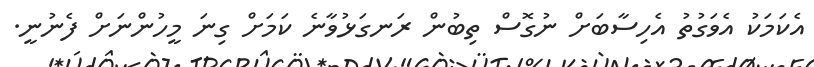
އެކަމަކު އެވަގުތު އެހިސާބަށް ނުގޮސް ތިބުން ރަނގަޅުވާނެ ކަމަށް ގިނަ މީހުންނަށް ފެނުނީ.